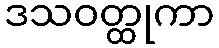
ဒသဝတ္ထုကာ